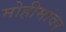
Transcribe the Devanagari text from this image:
मोहीमांवर